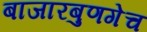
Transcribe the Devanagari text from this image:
बाजारबुणगेच